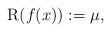
LaTeX: \begin{align*} \mathrm{R}(f(x)):=\mu,\end{align*}